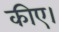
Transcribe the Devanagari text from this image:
कीए।